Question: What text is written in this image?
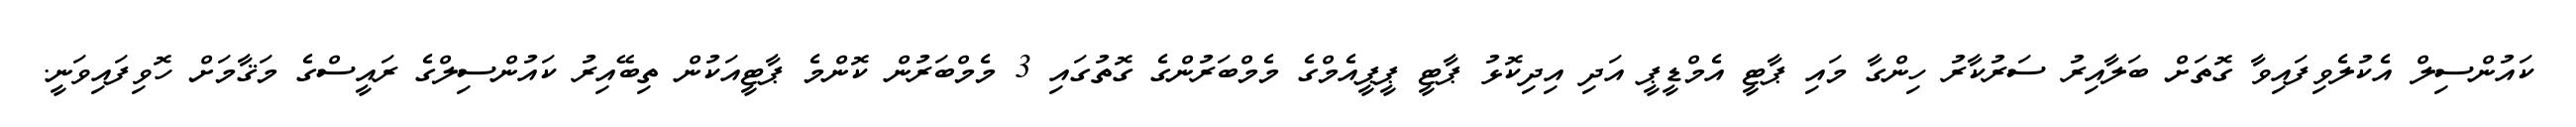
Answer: ކައުންސިލް އެކުލެވިފައިވާ ގޮތަށް ބަލާއިރު ސަރުކާރު ހިންގާ މައި ޕާޓީ އެމްޑީޕީ އަދި އިދިކޮޅު ޕާޓީ ޕީޕީއެމްގެ މެމްބަރުންގެ ގޮތުގައި 3 މެމްބަރުން ކޮންމެ ޕާޓީއަކުން ތިބޭއިރު ކައުންސިލްގެ ރައީސްގެ މަޤާމަށް ހޮވިފައިވަނީ.